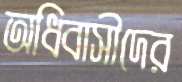
অধিবাসীদের